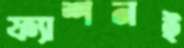
ফ্যাশনই